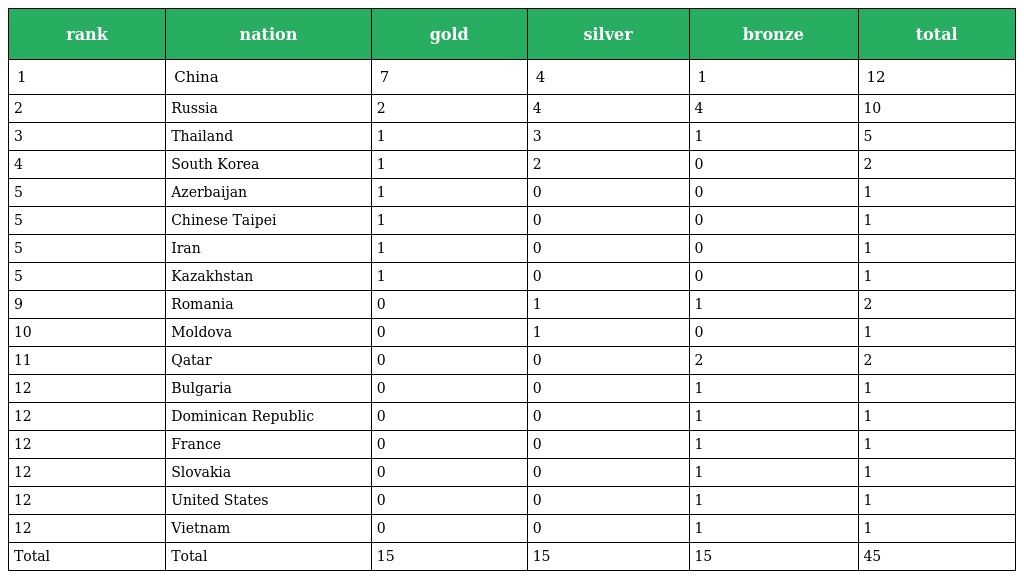
| rank | nation | gold | silver | bronze | total |
 | --- | --- | --- | --- | --- | --- |
 | 1 | China | 7 | 4 | 1 | 12 |
 | 2 | Russia | 2 | 4 | 4 | 10 |
 | 3 | Thailand | 1 | 3 | 1 | 5 |
 | 4 | South Korea | 1 | 2 | 0 | 2 |
 | 5 | Azerbaijan | 1 | 0 | 0 | 1 |
 | 5 | Chinese Taipei | 1 | 0 | 0 | 1 |
 | 5 | Iran | 1 | 0 | 0 | 1 |
 | 5 | Kazakhstan | 1 | 0 | 0 | 1 |
 | 9 | Romania | 0 | 1 | 1 | 2 |
 | 10 | Moldova | 0 | 1 | 0 | 1 |
 | 11 | Qatar | 0 | 0 | 2 | 2 |
 | 12 | Bulgaria | 0 | 0 | 1 | 1 |
 | 12 | Dominican Republic | 0 | 0 | 1 | 1 |
 | 12 | France | 0 | 0 | 1 | 1 |
 | 12 | Slovakia | 0 | 0 | 1 | 1 |
 | 12 | United States | 0 | 0 | 1 | 1 |
 | 12 | Vietnam | 0 | 0 | 1 | 1 |
 | Total | Total | 15 | 15 | 15 | 45 |